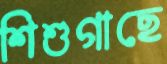
শিশুগাছে